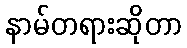
နာမ်တရားဆိုတာ